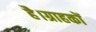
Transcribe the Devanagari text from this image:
है।ग्राहकों